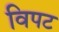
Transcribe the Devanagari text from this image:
विपट